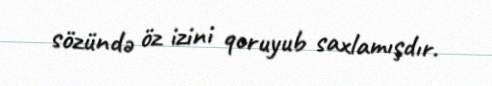
sözündə öz izini qoruyub saxlamışdır.